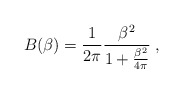
\begin{align*}B(\beta) =\frac 1{2\pi} \frac{\beta^2}{1+\frac{\beta^2}{4\pi}}\;,\end{align*}